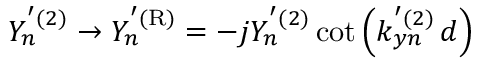
Y _ { n } ^ { ' ( 2 ) } \rightarrow Y _ { n } ^ { ' \mathrm { ( R ) } } = - j Y _ { n } ^ { ' ( 2 ) } \cot \left( k _ { y n } ^ { ' ( 2 ) } \, d \right)